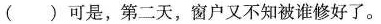
( )可是，第二天，窗户又不知被谁修好了。